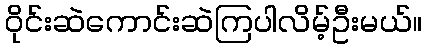
ဝိုင်းဆဲကောင်းဆဲကြပါလိမ့်ဦးမယ်။